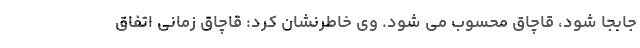
جابجا شود، قاچاق محسوب می شود. وی خاطرنشان کرد: قاچاق زمانی اتفاق